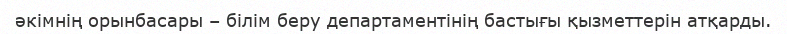
әкімнің орынбасары – білім беру департаментінің бастығы қызметтерін атқарды.